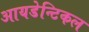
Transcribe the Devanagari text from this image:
आयडेन्टिकल